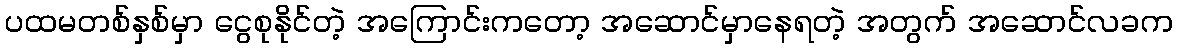
ပထမတစ်နှစ်မှာ ငွေစုနိုင်တဲ့ အကြောင်းကတော့ အဆောင်မှာနေရတဲ့ အတွက် အဆောင်လခက